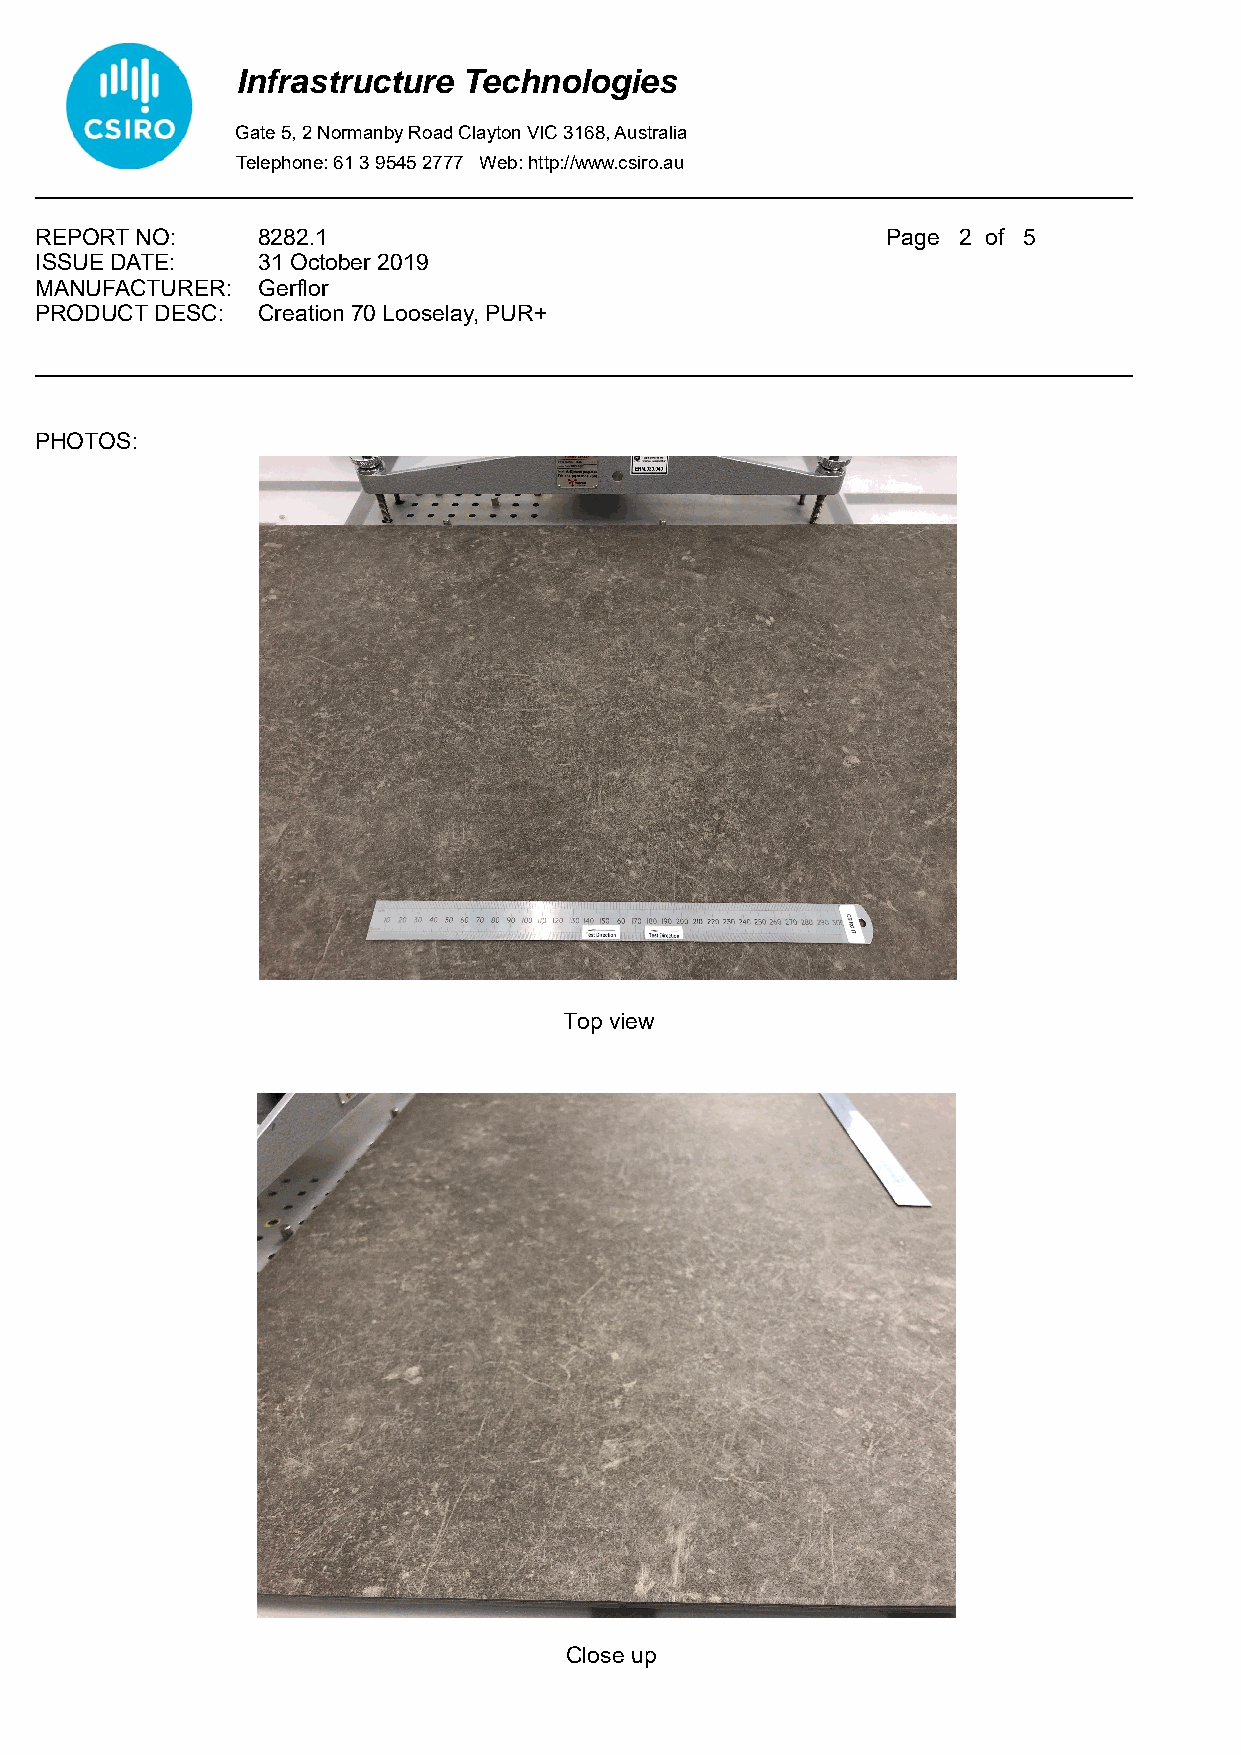
Infrastructure Technologies
 Gate 5, 2 Normanby Road Clayton VIC 3168, Australia
 Telephone: 61 3 9545 2777 Web: http://www.csiro.au
 ______________________________________________________________________________________
 REPORT NO:     8282.1                                    Page 2 of 5
 ISSUE DATE:    31 October 2019
 MANUFACTURER:  Gerflor
 PRODUCT DESC:  Creation 70 Looselay, PUR+
 ______________________________________________________________________________________
 PHOTOS:
 Top view
 Close up